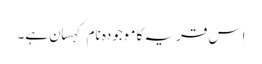
اِس قریہ کا موجودہ نام کہسان ہے۔